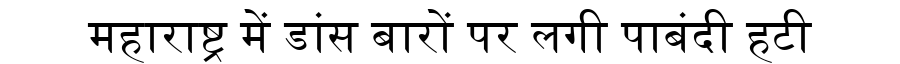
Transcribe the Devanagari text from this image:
महाराष्ट्र में डांस बारों पर लगी पाबंदी हटी